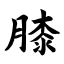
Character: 膝